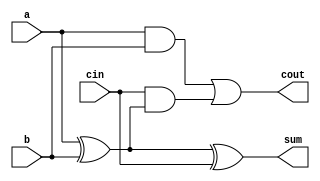
module full_adder (
    input wire a,        // First input bit
    input wire b,        // Second input bit
    input wire cin,      // Carry input
    output wire sum,     // Sum output
    output wire cout     // Carry output
);
    assign sum = a ^ b ^ cin;       // Sum calculation using XOR
    assign cout = (a & b) | (cin & (a ^ b)); // Carry calculation
endmodule